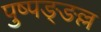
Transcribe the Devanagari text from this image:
पुष्पङ्ङल्ल